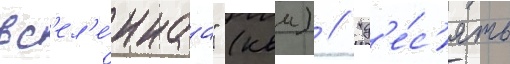
вс'ел'е́ннаа" (квм) // "д'е́с'ять